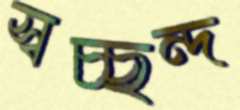
স্বচ্ছন্দ